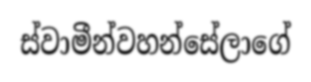
ස්වාමීන්වහන්සේලාගේ